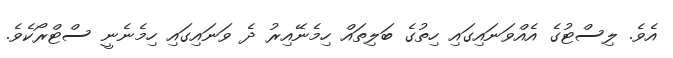
އެވެ. ލިސްޓުގެ އެއްވަނައިގައި ހިތުގެ ބަލިތައް ހިމެނޭއިރު ދެ ވަނައިގައި ހިމެނެނީ ސްޓްރޯކެވެ.